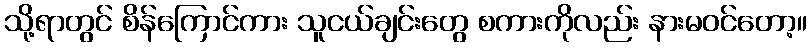
သို့ရာတွင် စိန်ကြောင်ကား သူငယ်ချင်းတွေ စကားကိုလည်း နားမဝင်တော့။